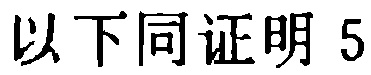
以下同证明 5